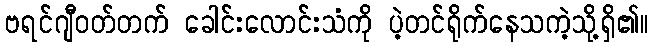
ဗရင်ဂျီဝတ်တက် ခေါင်းလောင်းသံကို ပဲ့တင်ရိုက်နေသကဲ့သို့ရှိ၏။